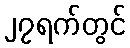
၂၇ရက်တွင်